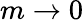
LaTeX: m\to 0